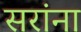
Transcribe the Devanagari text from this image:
सरांना